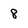
Character: 8